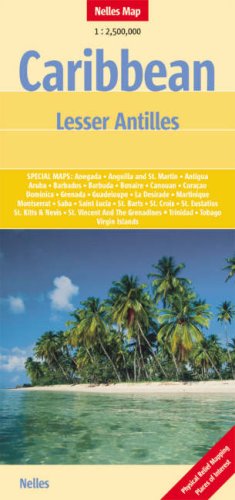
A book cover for Caribbean Lesser Antilles Map by Nelles (Nelles Maps) (English, French and German Edition); Nelles Verlag; Travel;